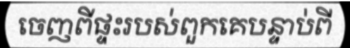
ចេញពីផ្ទះរបស់ពួកគេបន្ទាប់ពី